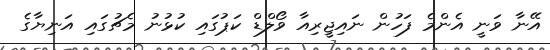
އޭނާ ވަނީ އެންމެ ފަހުން ނައިޖީރިއާ ވޯލްޑް ކަޕުގައި ކުޅުނު މެޗުގައި އަނިޔާގެ